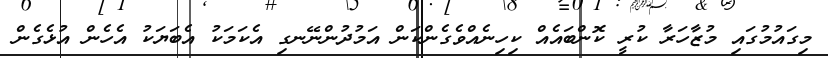
މިގައުމުގައި މުޒާހަރާ ކުރީ ކޮންބައެއް ކިހިނެއްވެގެންކަން އަމުދުންނޭނގި އެކަމަކު އެބަޔަކު އެހެން އުޅެގެން